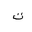
Letter: _ta